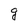
Character: g